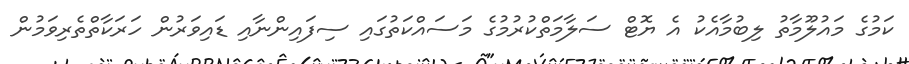
ކަމުގެ މައުލޫމާތު ލިބުމާއެކު އެ ޔޮޓް ސަލާމަތްކުރުމުގެ މަސައްކަތުގައި ސިފައިންނާއި ޑައިވަރުން ހަރަކާތްތެރިވަމުން